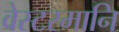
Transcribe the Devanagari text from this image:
वेस्टरमानि